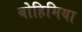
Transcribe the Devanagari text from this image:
बोहिमिया